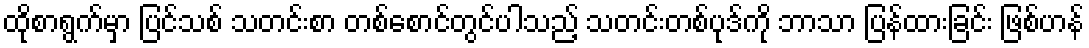
ထိုစာရွက်မှာ ပြင်သစ် သတင်းစာ တစ်စောင်တွင်ပါသည့် သတင်းတစ်ပုဒ်ကို ဘာသာ ပြန်ထားခြင်း ဖြစ်ဟန်